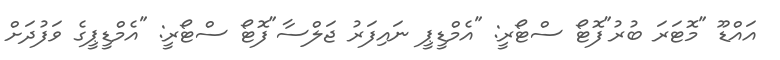
އައްޑޫ "މޮޓަރަ ބުރު"ފޮޓޯ ސްޓޯރީ: "އެމްޑީޕީ ނައިފަރު ޖަލްސާ"ފޮޓޯ ސްޓޯރީ: "އެމްޑީޕީގެ ވަފުދަށް